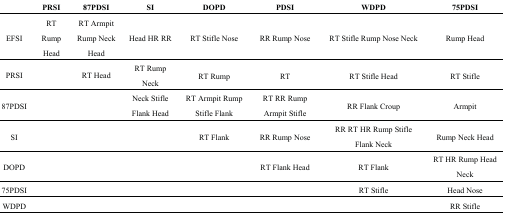
<table><thead><tr><td></td><td><b>PRSI</b></td><td><b>87PDSI</b></td><td><b>SI</b></td><td><b>DOPD</b></td><td><b>PDSI</b></td><td><b>WDPD</b></td><td><b>75PDSI</b></td></tr></thead><tbody><tr><td>EFSI</td><td>RT Rump Head</td><td>RT Armpit Rump Neck Head</td><td>Head HR RR</td><td>RT Stifle Nose</td><td>RR Rump Nose</td><td>RT Stifle Rump Nose Neck</td><td>Rump Head</td></tr><tr><td>PRSI</td><td></td><td>RT Head</td><td>RT Rump Neck</td><td>RT Rump</td><td>RT</td><td>RT Stifle Head</td><td>RT Stifle</td></tr><tr><td>87PDSI</td><td></td><td></td><td>Neck Stifle Flank Head</td><td>RT Armpit Rump Stifle Flank</td><td>RT RR Rump Armpit Stifle</td><td>RR Flank Croup</td><td>Armpit</td></tr><tr><td>SI</td><td></td><td></td><td></td><td>RT Flank</td><td>RR Rump Nose</td><td>RR RT HR Rump Stifle Flank Neck</td><td>Rump Neck Head</td></tr><tr><td>DOPD</td><td></td><td></td><td></td><td></td><td>RT Flank Head</td><td>RT Flank</td><td>RT HR Rump Head Neck</td></tr><tr><td>75PDSI</td><td></td><td></td><td></td><td></td><td></td><td>RT Stifle</td><td>Head Nose</td></tr><tr><td>WDPD</td><td></td><td></td><td></td><td></td><td></td><td></td><td>RR Stifle</td></tr></tbody></table>